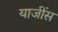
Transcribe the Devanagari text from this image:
याजींस